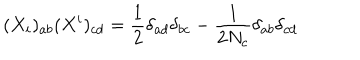
( X _ { i } ) _ { a b } ( X ^ { i } ) _ { c d } = \frac { 1 } { 2 } \delta _ { a d } \delta _ { b c } - \frac { 1 } { 2 N _ { c } } \delta _ { a b } \delta _ { c d }